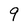
Character: 9